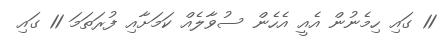
11 ގައި ހިމެނުން އެއީ އެހެން ސުވާލެއް ކަމަށާއި ފުރަތަމަ 11 ގައި